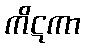
ကိဋကာ